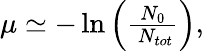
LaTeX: \begin{array}{r}{\mu\simeq-\ln\left(\frac{N_{0}}{\ N_{tot}}\right),}\end{array}